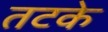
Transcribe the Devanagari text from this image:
तटके